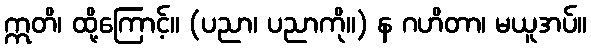
ဣတိ၊ ထို့ကြောင့်။ (ပညာ၊ ပညာကို။) န ဂဟိတာ၊ မယူအပ်။